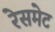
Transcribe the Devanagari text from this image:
रेसमेट